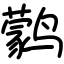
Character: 鹲